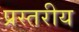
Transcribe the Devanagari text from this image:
प्रस्तरीय